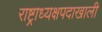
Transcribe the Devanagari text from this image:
राष्ट्राध्यक्षपदाखाली